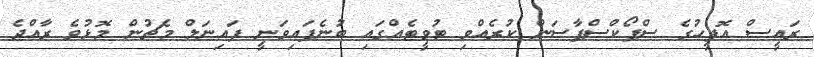
ރައީސް އޮފީހުގެ ސްޕޯކްސްޕާސަން ކުރެއްވި ޓުވީޓެއްގައި ބުނެފައިވަނީ ފައިނަލް މެޗުން މޮޅުވެ ރާއްޖެ